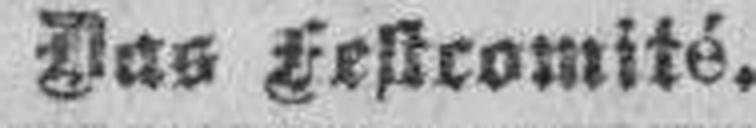
Das Festcomié.